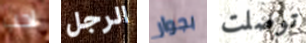
احب الرجل بجوار توصلت